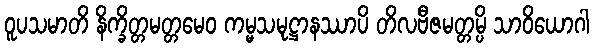
ဝူပသမာတိ နိက္ခိတ္တမတ္တမေဝ ကမ္မသမုဋ္ဌာနဿာပိ တိလဗီဇမတ္တမ္ပိ သာဝိယောဂါ